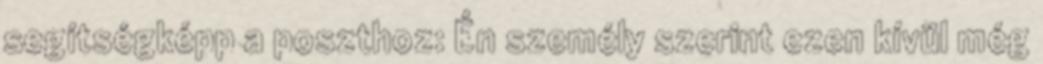
segítségképp a poszthoz: Én személy szerint ezen kívül még